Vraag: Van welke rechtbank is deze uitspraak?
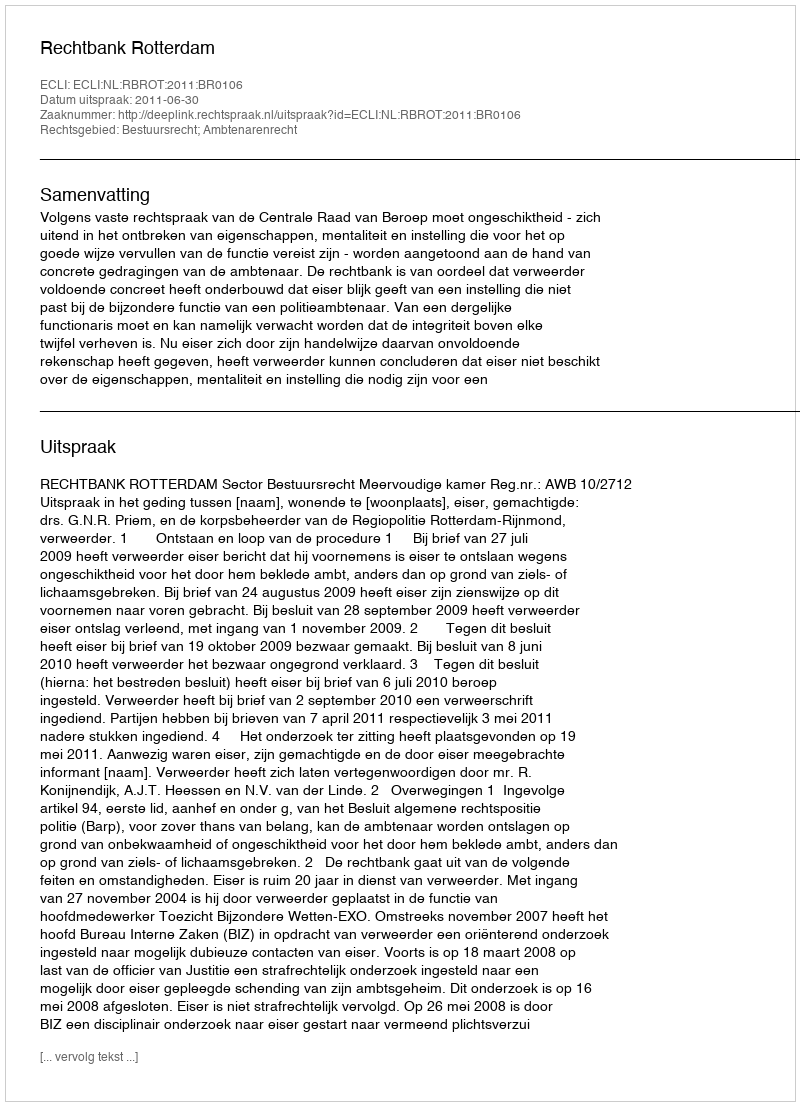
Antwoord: Rechtbank Rotterdam